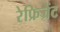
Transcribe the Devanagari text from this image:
रेफ्रिज्रेंट